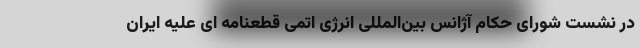
در نشست شورای حکام آژانس بین‌المللی انرژی اتمی قطعنامه ای علیه ایران